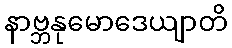
နာဗ္ဘနုမောဒေယျာတိ